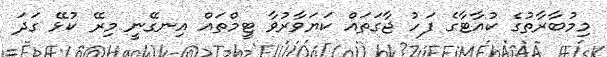
މިމުބާރާތުގެ ކުއާޓާގެ ފަހު ޖާގަތައް ކަޔަވާރުވާ ޓީމްތައް އިނގޭނީ މިރޭ ކުޅޭ ގަދަ